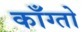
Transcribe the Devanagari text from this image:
काँग्तो